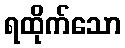
ရထိုက်သော